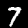
Digit: 7